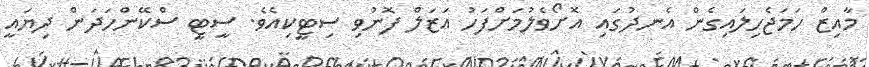
މާއިޒް ހަމަޖެހިލައިގެން އެނދުގައި އޮށޯވެލުމަށްފަހު އަޒަލް ފޮނުވި ސިޓީކިއެވެ. ސީޓީ ސްކޭންހަދަން ދިޔައީ